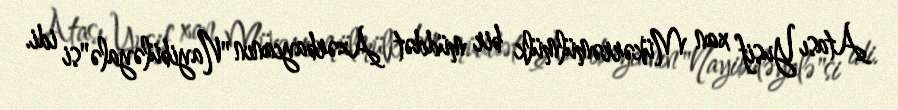
Atası Yusif xan Mükərrəmülmülk bir müddət Azərbaycanın "Nayibüləyalə"si idi.